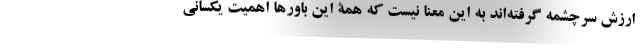
ارزش سرچشمه گرفته‌اند به این معنا نیست که همۀ این باورها اهمیت یکسانی